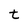
Character: t